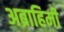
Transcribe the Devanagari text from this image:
अब्राहिमी